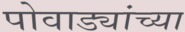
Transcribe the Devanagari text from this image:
पोवाड्यांच्या